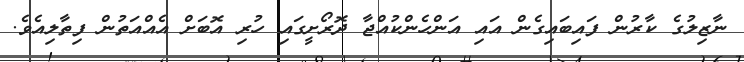
ނާޒިލުގެ ކާރުން ފައިބައިގެން އައި އަންހެންކުއްޖާ ދޮރޯށީގައި ހުރި އޮބަށް އެއްއަތުން ފިތާލިއެވެ.